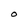
Character: O